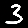
Digit: 3